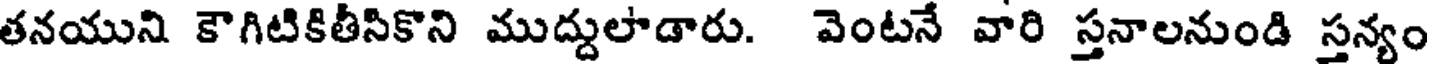
తనయుని కౌగిటికితీసికొని ముద్దులాడారు. వెంటనే వారి స్తనాలనుండి స్తన్యం